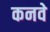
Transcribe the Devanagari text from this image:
कनवे